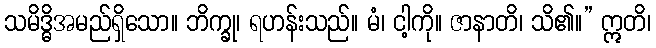
သမိဒ္ဓိအမည်ရှိသော။ ဘိက္ခု၊ ရဟန်းသည်။ မံ၊ ငါ့ကို။ ဇာနာတိ၊ သိ၏။” ဣတိ၊